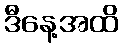
ဒီနေ့အထိ